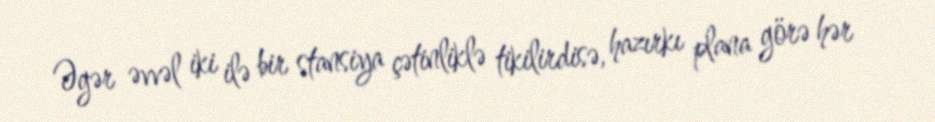
Əgər əvvəl iki ilə bir stansiya çətinliklə tikilirdisə, hazırkı plana görə hər